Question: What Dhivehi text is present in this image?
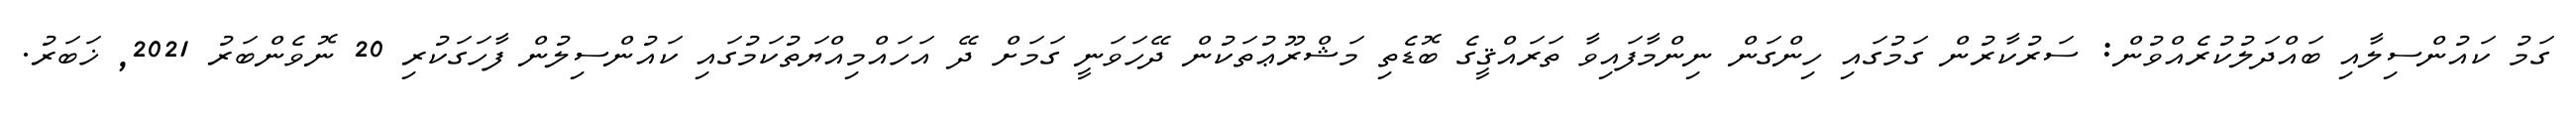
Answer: ގަމު ކައުންސިލާއި ބައްދަލުކުރެއްވުން: ސަރުކާރުން ގަމުގައި ހިންގަން ނިންމާފައިވާ ތަރައްޤީގެ ބޮޑެތި މަޝްރޫޢުތަކުން ދޭހަވަނީ ގަމަށް ދޭ އަހައްމިއްޔަތުކަމުގައި ކައުންސިލުން ފާހަގަކުރި 20 ނޮވެންބަރު 2021, ޚަބަރު.